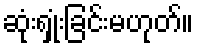
ဆုံးရှုံးခြင်းမဟုတ်။